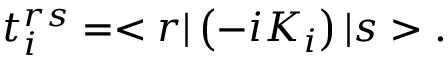
t _ { i } ^ { r s } = < r | \left( - i K _ { i } \right) | s > .